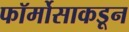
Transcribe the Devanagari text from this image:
फॉर्मोसाकडून